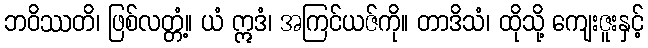
ဘဝိဿတိ၊ ဖြစ်လတ္တံ့။ ယံ ဣဒံ၊ အကြင်ယဇ်ကို။ တာဒိသံ၊ ထိုသို့ ကျေးဇူးနှင့်